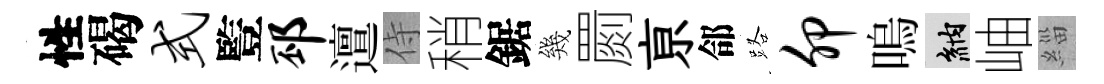
性碣式䜿邳邅侍稍鋸幾罽亰郃路卯嗚納岫緇